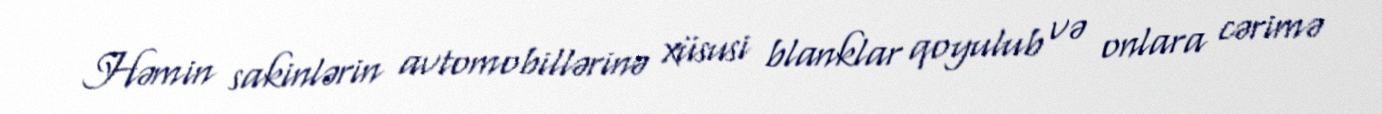
Həmin sakinlərin avtomobillərinə xüsusi blanklar qoyulub və onlara cərimə